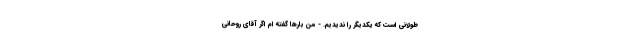
طولانی است که یکدیگر را ندیدیم. - من بارها گفته ام اگر آقای روحانی